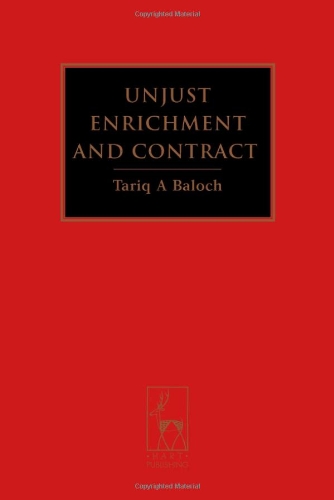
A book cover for Unjust Enrichment and Contract; Tariq A. Baloch; Law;